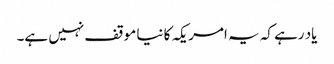
یاد رہے کہ یہ امریکہ کا نیا موقف نہیں ہے۔